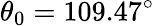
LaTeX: \theta_{0}=109.47^{\circ}